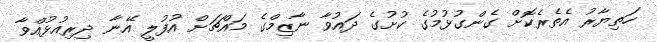
ހަތިޔާރު އެތެރެކޮށް ގެންގުޅުމުގެ ކުށުގެ ދައުވާ ނާޒިމްގެ މައްޗަށް އުފުލީ އޭނާ ދިރިއުޅުއްވާ